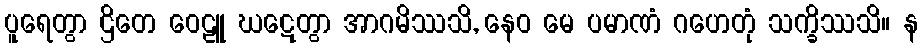
ပူရေတွာ ဌိတေ ဝေဠူ ဃဋေတွာ အာဂမိဿသိ, နေဝ မေ ပမာဏံ ဂဟေတုံ သက္ခိဿသိ။ န